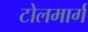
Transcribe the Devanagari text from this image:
टोलमार्ग